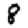
Digit: 8